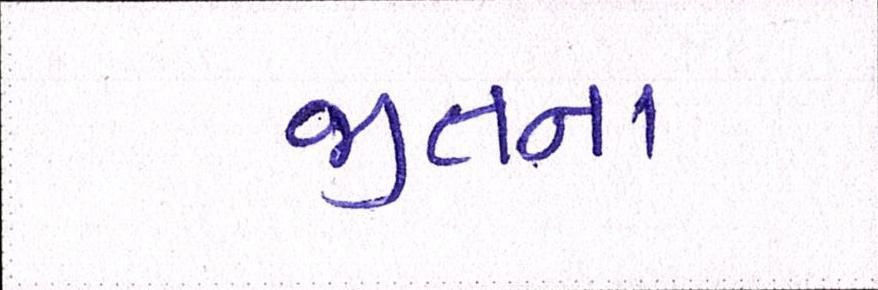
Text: જીતના